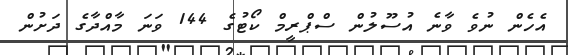
އެހެން ނުވެ ވާނެ އުސޫލުން ސްޕްރީމް ކޯޓުގެ 144 ވަނަ މާއްދާގެ ދަށުން